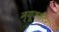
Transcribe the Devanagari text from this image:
न्यूज़लैटर